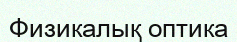
Физикалық оптика